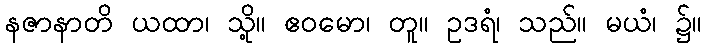
နဇာနာတိ ယထာ၊ သို့။ ဧဝမော၊ တူ။ ဥဒရံ၊ သည်။ မယံ၊ ၌။